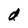
Character: d